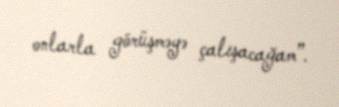
onlarla görüşməyə çalışacağam”.